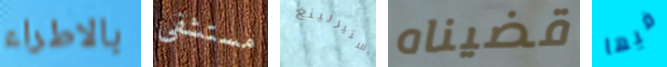
بالاطراء مستشفى ستيرلينغ قضيناه فيها